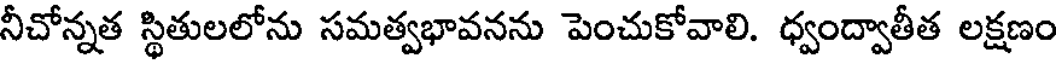
నీచోన్నత స్థితులలోను సమత్వభావనను పెంచుకోవాలి. ధ్వంద్వాతీత లక్షణం